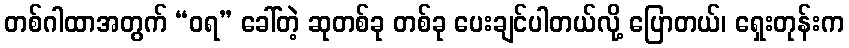
တစ်ဂါထာအတွက် “ဝရ” ခေါ်တဲ့ ဆုတစ်ခု တစ်ခု ပေးချင်ပါတယ်လို့ ပြောတယ်၊ ရှေးတုန်းက